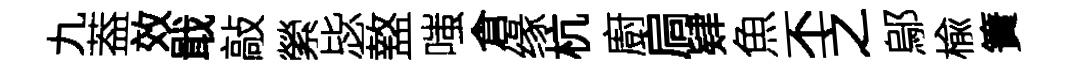
九葢效戢敲縈毖盩嗤倉缘杭廚扃肄魚丕之鄔楡簀